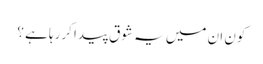
کون ان میں یہ شوق پیدا کررہا ہے ؟